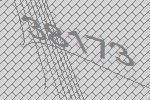
38173